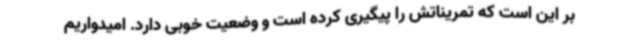
بر این است که تمریناتش را پیگیری کرده است و وضعیت خوبی دارد. امیدواریم